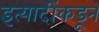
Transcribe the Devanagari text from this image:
इत्यादींकडून